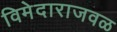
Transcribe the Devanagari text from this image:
विमेदाराजवळ